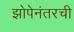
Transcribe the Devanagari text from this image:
झोपेनंतरची